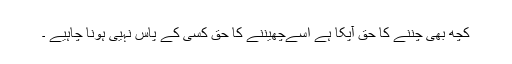
کچھ بھی چننے کا حق آپکا ہے اسےچھیننے کا حق کسی کے پاس نہیی ہونا چاہیے ۔